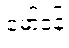
မော်ဒန်